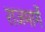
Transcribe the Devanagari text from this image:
राजमार्गे